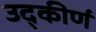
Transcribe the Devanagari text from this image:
उद्‌कीर्ण